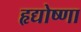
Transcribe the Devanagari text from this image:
हृद्योष्णा